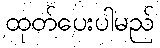
ထုတ်ပေးပါမည်